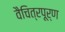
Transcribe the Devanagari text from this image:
वैचित्रपूर्ण